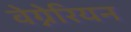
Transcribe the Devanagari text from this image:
वेग्नेरियन